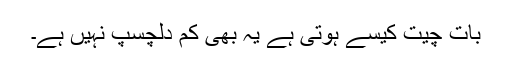
بات چیت کیسے ہوتی ہے یہ بھی کم دلچسپ نہیں ہے۔